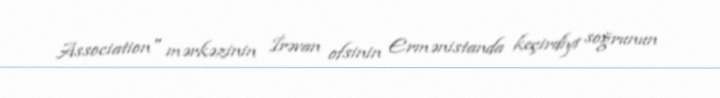
Association" mərkəzinin İrəvan ofsinin Ermənistanda keçirdiyi soğrunun